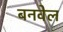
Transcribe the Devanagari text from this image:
बनवेल